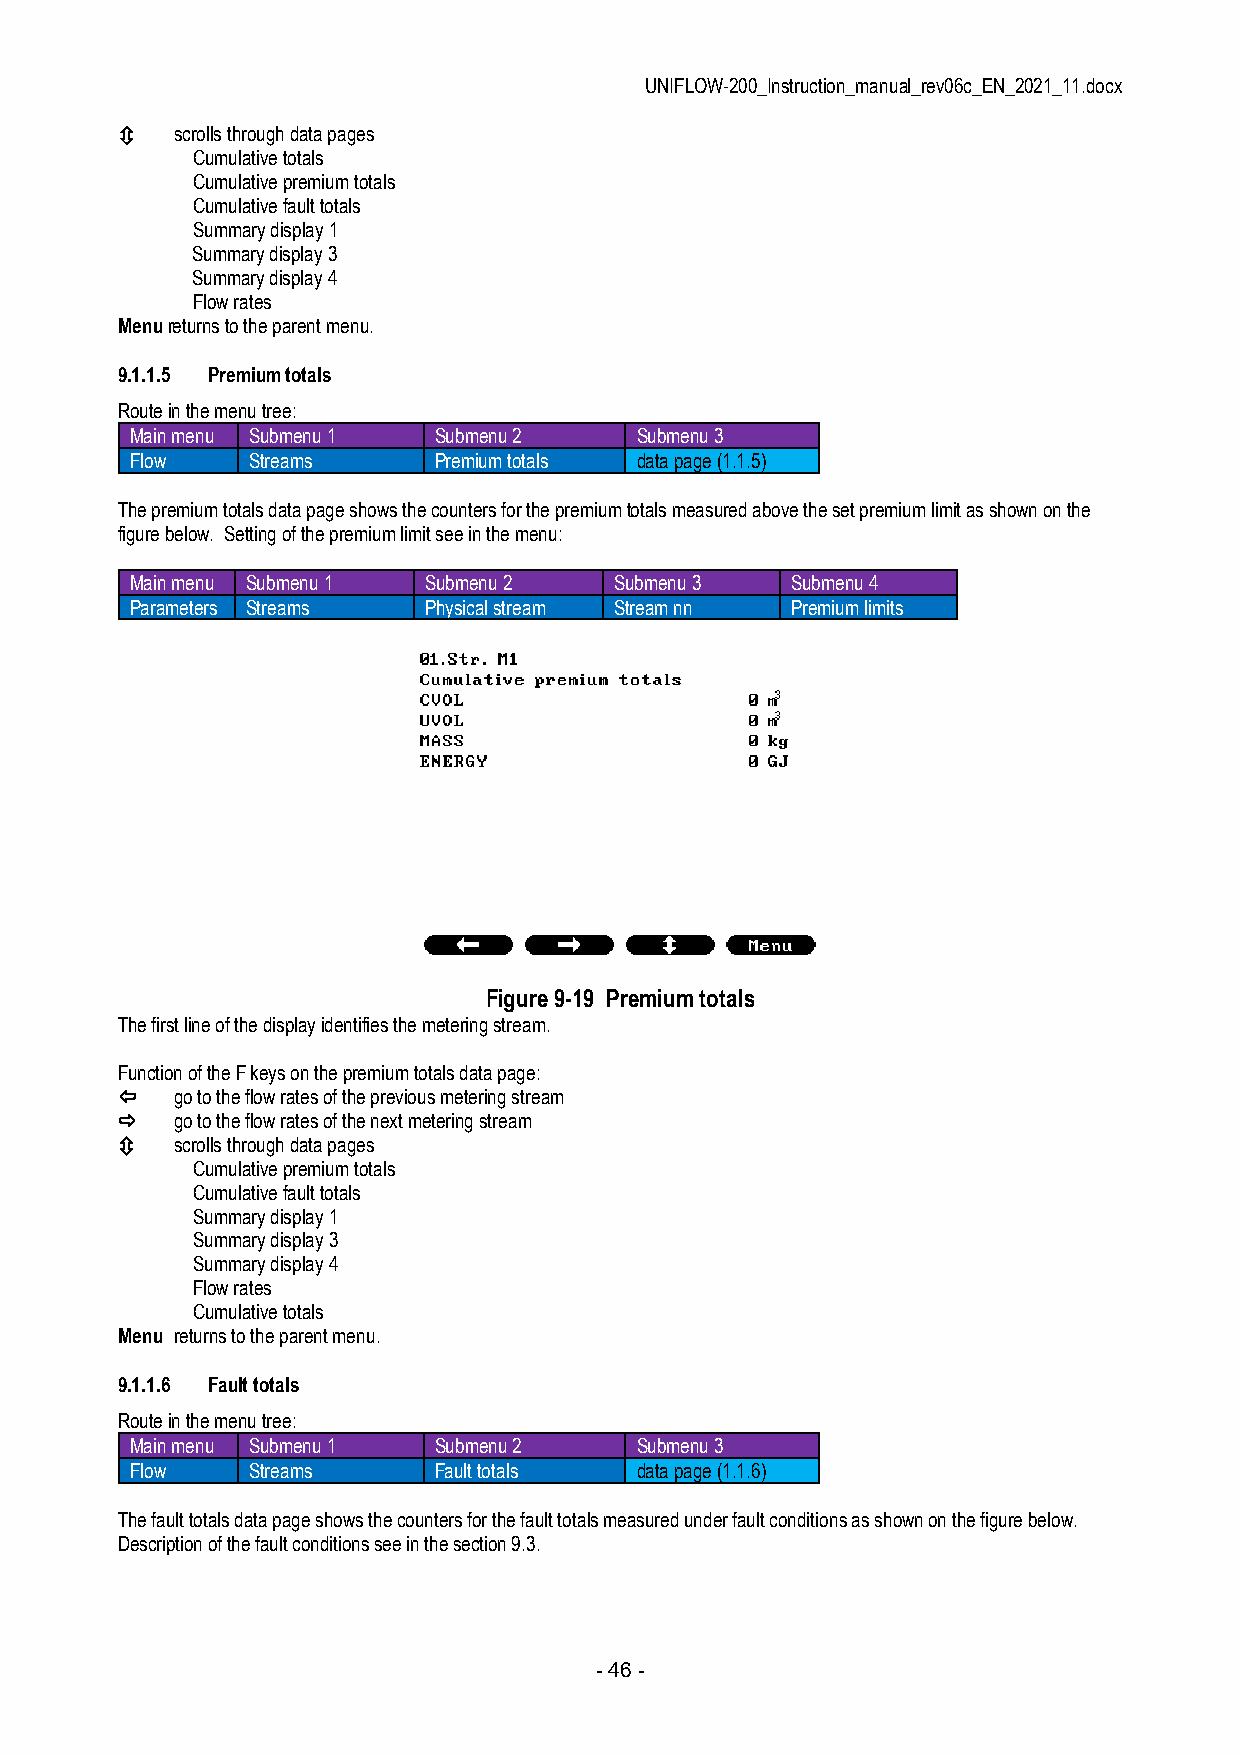
UNIFLOW-200_Instruction_manual_rev06c_EN_2021_11.docx
    scrolls through data pages
 Cumulative totals
 Cumulative premium totals
 Cumulative fault totals
 Summary display 1
 Summary display 3
 Summary display 4
 Flow rates
 Menu returns to the parent menu.
 9.1.1.5 Premium totals
 Route in the menu tree:
 Main menu Submenu 1 Submenu 2    Submenu 3
 Flow   Streams      Premium totals data page (1.1.5)
 The premium totals data page shows the counters for the premium totals measured above the set premium limit as shown on the
 figure below. Setting of the premium limit see in the menu:
 Main menu Submenu 1 Submenu 2   Submenu 3  Submenu 4
 Parameters Streams Physical stream Stream nn Premium limits
 Figure 9-19 Premium totals
 The first line of the display identifies the metering stream.
 Function of the F keys on the premium totals data page:
    go to the flow rates of the previous metering stream
    go to the flow rates of the next metering stream
    scrolls through data pages
 Cumulative premium totals
 Cumulative fault totals
 Summary display 1
 Summary display 3
 Summary display 4
 Flow rates
 Cumulative totals
 Menu returns to the parent menu.
 9.1.1.6 Fault totals
 Route in the menu tree:
 Main menu Submenu 1 Submenu 2    Submenu 3
 Flow   Streams      Fault totals data page (1.1.6)
 The fault totals data page shows the counters for the fault totals measured under fault conditions as shown on the figure below.
 Description of the fault conditions see in the section 9.3.
 - 46 -